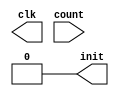
module test_rc (clk, init, count);

	output clk, init;
	input [7:0] count;
	
	reg clk, init;

	always
	#5 clk = ~clk; //toggle clk every 5 time units

	initial
	begin
	clk = 1'b0; //set clk to 0		
	init = 1'b1;
	#20 init = 1'b0;		
	end

	initial
	$monitor("%d: init = %b, count = %b",$time, init, count);

endmodule